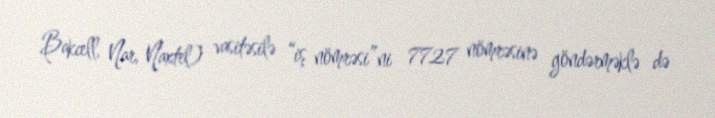
Bakcell, Nar, Naxtel) vasitəsilə “iş nömrəsi”ni 7727 nömrəsinə göndərməklə də